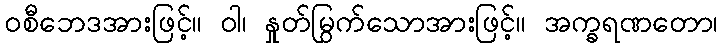
ဝစီဘေဒအားဖြင့်။ ဝါ၊ နှုတ်မြွက်သောအားဖြင့်။ အက္ခရဏတော၊